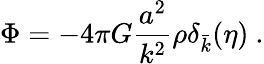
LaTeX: \Phi=-4\pi G\frac{a^{2}}{k^{2}}\rho\delta_{\bar{k}}(\eta)~.